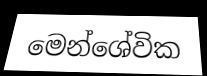
මෙන්ශේවික